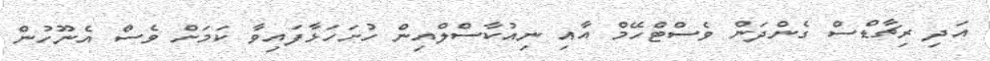
އަދި ރިޗާޑްސް ގެންދަން ވެސްޓްހޭމް އާއި ނިއުކާސްލްއިން ހުށަހަޅާފައިވާ ކަމަށް ވެސް އެނޫހުން